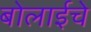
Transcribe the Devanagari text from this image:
बोलाईचे